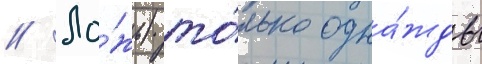
// Ло́жь) то́лько одна́жды